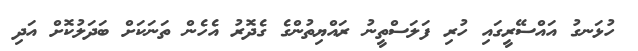
ހުޅަނގު އައްސޭރީގައި ހުރި ފަލަސްތީނު ރައްޔިތުންގެ ގެދޮރު އެހެން ތަނަކަށް ބަދަލުކޮށް އަދި